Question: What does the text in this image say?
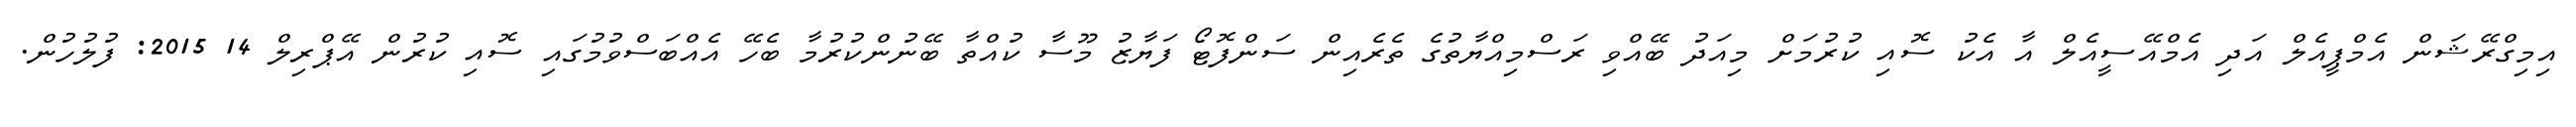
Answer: އިމިގްރޭޝަން އެމްޕީއެލް އަދި އެމްއޭސީއެލް އާ އެކު ސޮއި ކުރުމަށް މިއަދު ބޭއްވި ރަސްމިއްޔާތުގެ ތެރެއިން ސަންފޮޓޯ ފަޔާޒު މޫސާ ކުއްތާ ބޭނުންކުރުމާ ބެހޭ އެއްބަސްވުމުގައި ސޮއި ކުރުން އޭޕްރިލް 14 2015: ފުލުހުން.